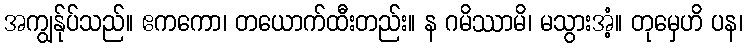
အကျွန်ုပ်သည်။ ဧကကော၊ တယောက်ထီးတည်း။ န ဂမိဿာမိ၊ မသွားအံ့။ တုမှေဟိ ပန၊